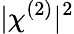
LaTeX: |\chi^{(2)}|^{2}